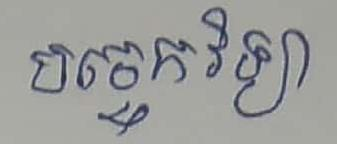
បច្ចេកវិទ្យា